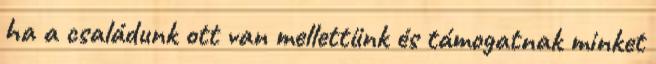
ha a családunk ott van mellettünk és támogatnak minket